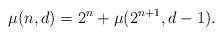
LaTeX: \begin{align*} \mu(n,d) = 2^n+ \mu(2^{n+1},d-1).\end{align*}